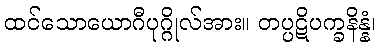
ထင်သောယောဂီပုဂ္ဂိုလ်အား။ တပ္ပဋိပက္ခနိန္နံ၊